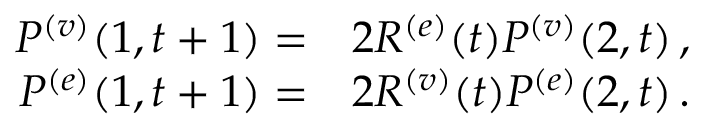
\begin{array} { r } { \begin{array} { r l } { P ^ { ( v ) } ( { 1 } , { t + 1 } ) = } & { { } 2 R ^ { ( e ) } ( t ) P ^ { ( v ) } ( { 2 } , { t } ) \, , } \\ { P ^ { ( e ) } ( { 1 } , { t + 1 } ) = } & { { } 2 R ^ { ( v ) } ( t ) P ^ { ( e ) } ( { 2 } , { t } ) \, . } \end{array} } \end{array}